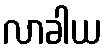
လာခါယ